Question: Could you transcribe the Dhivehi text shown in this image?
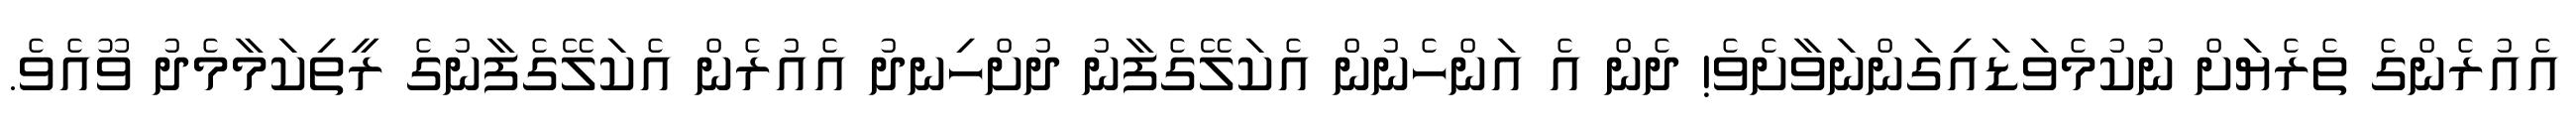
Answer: އެއުރެންގެ ތެރެޔަށް ނުކުމެވަޑައިގަންނަވާށެވެ! ދެން އެ އަންހެނުން އެކަލޭގެފާނު ދުށްހިނދު އެއުރެން އެކަލޭގެފާނުގެ ރީތިކަމާމެދު ވޫއެވެ.